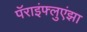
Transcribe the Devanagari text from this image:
पॅराइंफ्लुएंझा